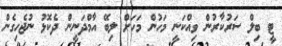
ޓީ ބިލް ސަރުކާރުން ވިއްކަނީ މަހުން މަހަށް ލިބޭ އާމްދަނީން ދެކޮޅު ނުޖެހިގެން